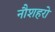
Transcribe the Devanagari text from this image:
नौशहरो